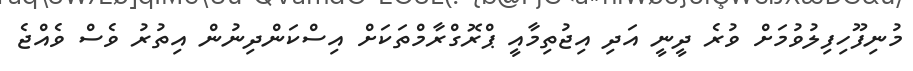
މުނިފޫހިފިލުވުމަށް ވުރެ ދީނީ އަދި އިޖުތިމާއީ ޕްރޮގްރާމްތަކަށް އިސްކަންދިނުން އިތުރު ވެސް ވެއްޖެ